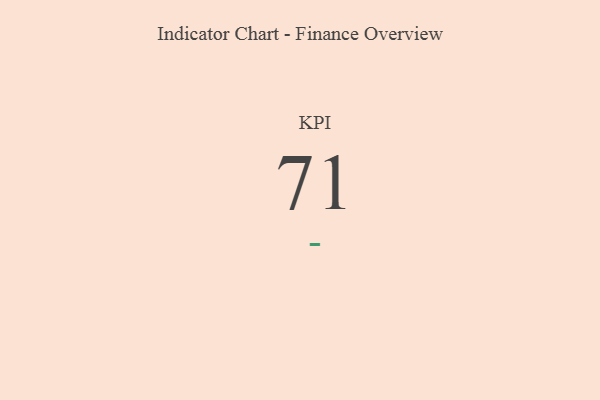
{"axis": {"x": "KPI", "y": "Value"}, "legend": [""], "data": [{"x": "KPI", "y": 71, "type": ""}]}